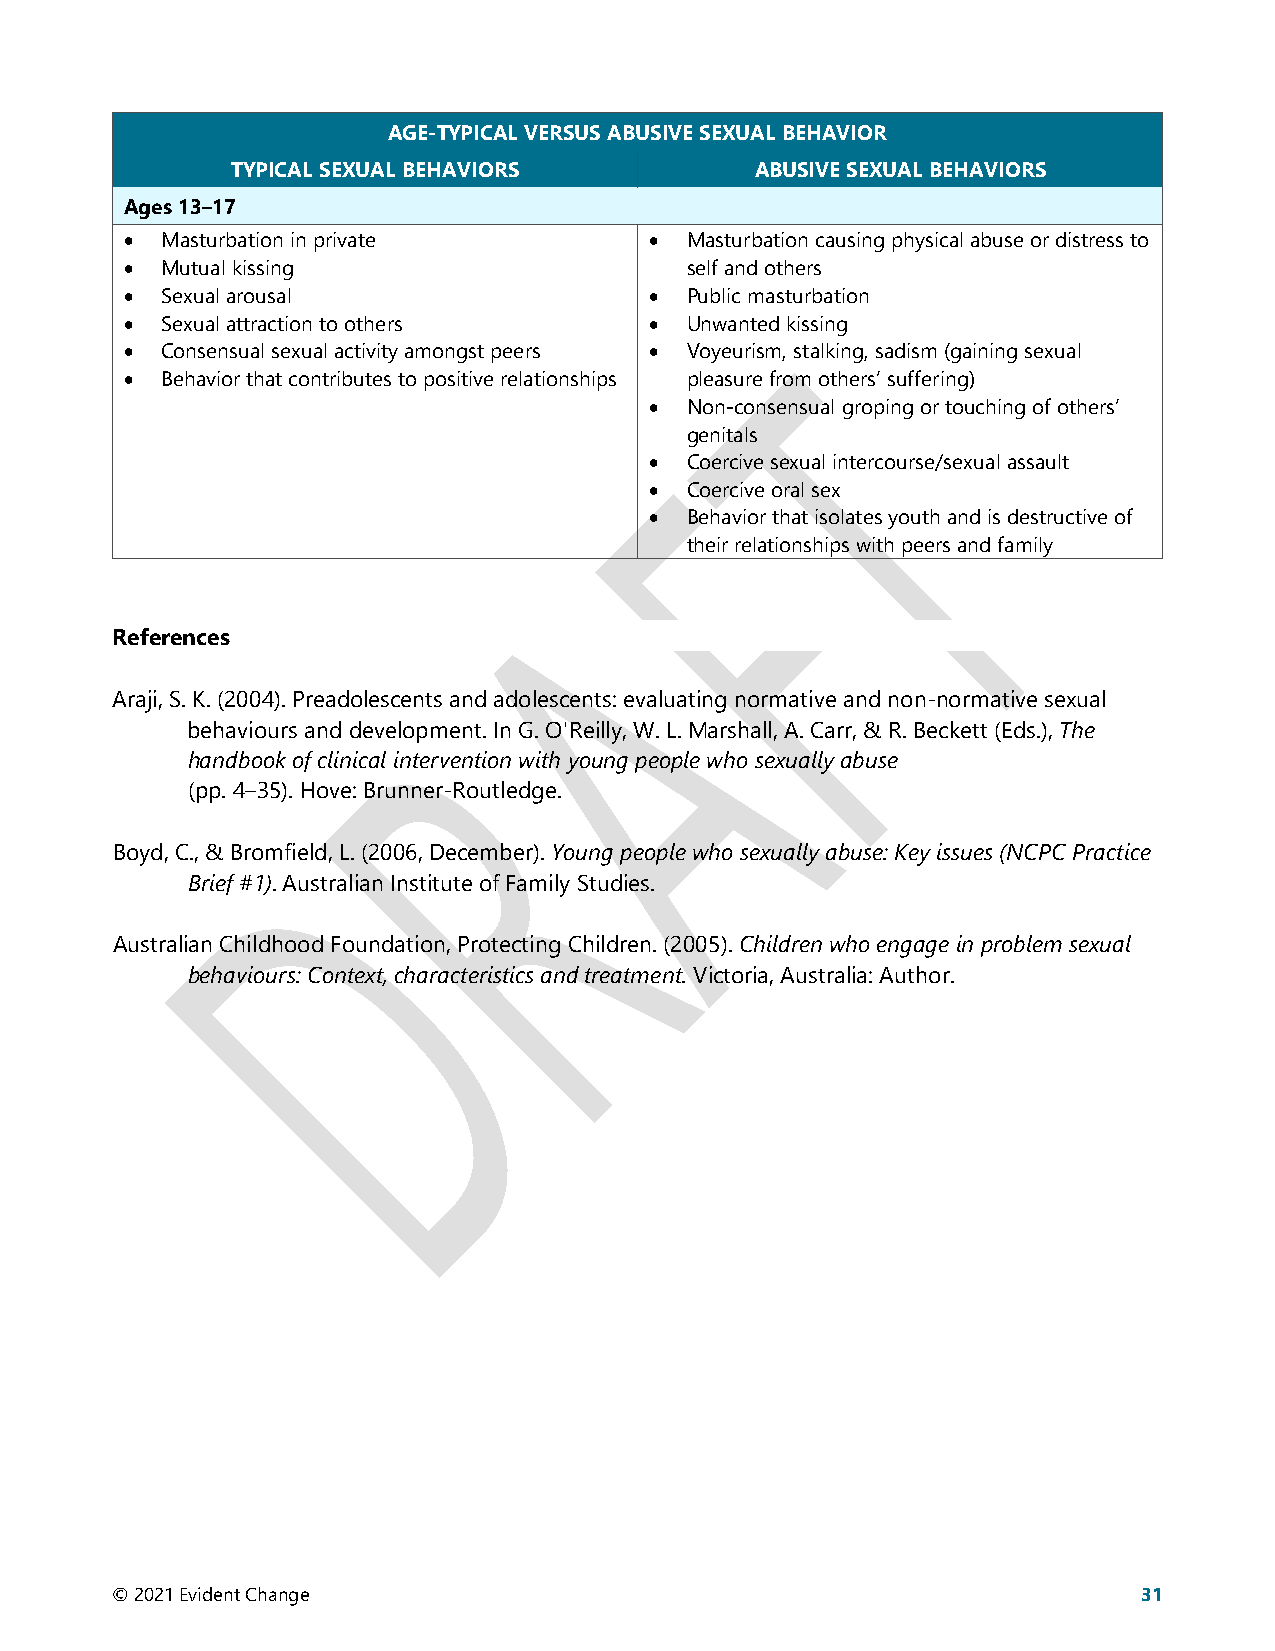
AGE-TYPICAL VERSUS ABUSIVE SEXUAL BEHAVIOR
 TYPICAL SEXUAL BEHAVIORS           ABUSIVE SEXUAL BEHAVIORS
 Ages 13–17
 •  Masturbation in private         • Masturbation causing physical abuse or distress to
 •  Mutual kissing                    self and others
 •  Sexual arousal                  • Public masturbation
 •  Sexual attraction to others     • Unwanted kissing
 •  Consensual sexual activity amongst peers • Voyeurism, stalking, sadism (gaining sexual
 •  Behavior that contributes to positive relationships pleasure from others’ suffering)
 • Non-consensual groping or touching of others’
 genitals
 • Coercive sexual intercourse/sexual assault
 • Coercive oral sex
 • Behavior that isolates youth and is destructive of
 their relationships with peers and family
 References
 Araji, S. K. (2004). Preadolescents and adolescents: evaluating normative and non-normative sexual
 behaviours and development. In G. O'Reilly, W. L. Marshall, A. Carr, & R. Beckett (Eds.), The
 handbook of clinical intervention with young people who sexually abuse
 (pp. 4–35). Hove: Brunner-Routledge.
 Boyd, C., & Bromfield, L. (2006, December). Young people who sexually abuse: Key issues (NCPC Practice
 Brief #1). Australian Institute of Family Studies.
 Australian Childhood Foundation, Protecting Children. (2005). Children who engage in problem sexual
 behaviours: Context, characteristics and treatment. Victoria, Australia: Author.
 © 2021 Evident Change                                                31